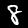
Digit: 8